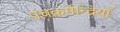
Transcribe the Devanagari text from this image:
पंचकर्मेन्द्रियाँ